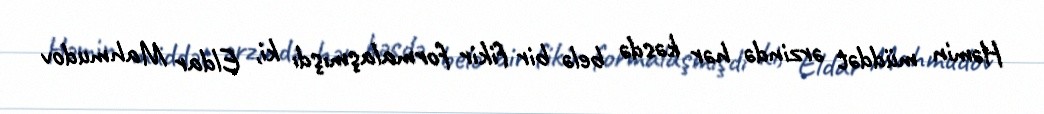
Həmin müddət ərzində hər kəsdə belə bir fikir formalaşmışdı ki, Eldar Mahmudov